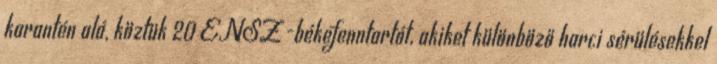
karantén alá, köztük 20 ENSZ-békefenntartót, akiket különböző harci sérülésekkel